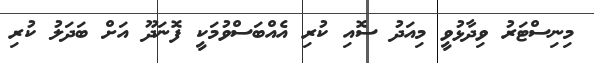
މިނިސްޓަރު ވިދާޅުވީ މިއަދު ސޮއި ކުރި އެއްބަސްވުމަކީ ފޮނަދޫ އަށް ބަދަލު ކުރި